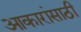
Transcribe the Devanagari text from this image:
आकारांसाठी